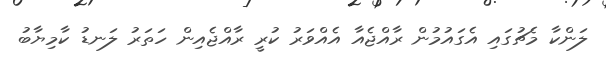
ލަންކާ މެޗުގައި އެގައުމުން ރާއްޖެއާ އެއްވަރު ކުރީ ރާއްޖެއިން ހަތަރު ލަނޑު ކާމިޔާބު